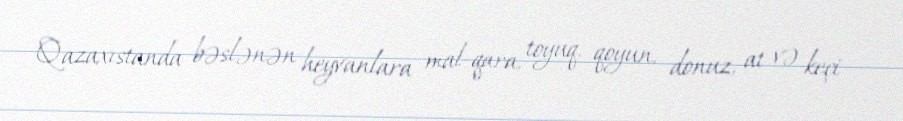
Qazaxıstanda bəslənən heyvanlara mal-qara, toyuq, qoyun, donuz, at və keçi